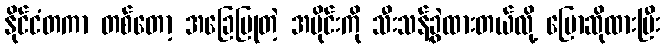
နိုင်ငံတကာ တစ်တော့ အခြေပြုတဲ့ အပိုင်းကို သီးသန့်ခွဲထားတယ်လို့ ပြောဆိုထားပြီး